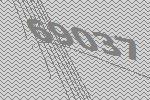
69037